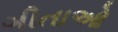
ગીતાઓ